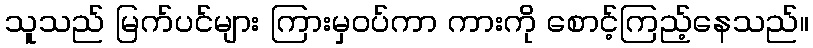
သူသည် မြက်ပင်များ ကြားမှဝပ်ကာ ကားကို စောင့်ကြည့်နေသည်။